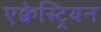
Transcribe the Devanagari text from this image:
एक्वेस्ट्रियन